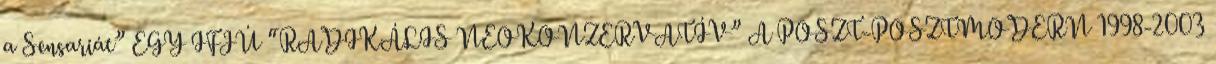
a Sensariát” EGY IFJÚ “RADIKÁLIS NEOKONZERVATÍV” A POSZT-POSZTMODERN 1998-2003